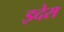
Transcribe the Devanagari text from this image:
इदेरा